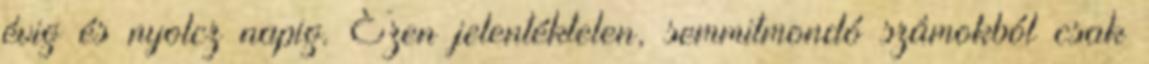
évig és nyolcz napig. Ezen jelentéktelen, semmitmondó számokból csak